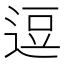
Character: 逗